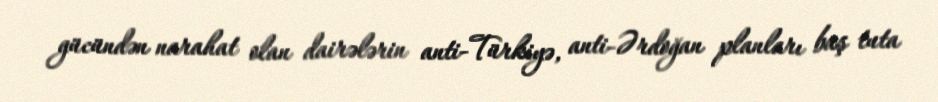
gücündən narahat olan dairələrin anti-Türkiyə, anti-Ərdoğan planları baş tuta